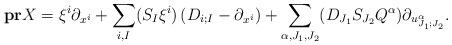
LaTeX: \begin{align*}\bold{pr}X=\xi^i\partial_{x^i}+\sum_{i,I}(S_I\xi^i)\left(D_{i;I}-\partial_{x^i}\right)+\sum_{\alpha,J_1,J_2}(D_{J_1}S_{J_2}Q^{\alpha})\partial_{u^{\alpha}_{J_1;J_2}}.\end{align*}